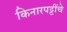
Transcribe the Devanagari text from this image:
किनारपट्टींचे